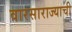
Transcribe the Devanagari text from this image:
वारसाराज्याची